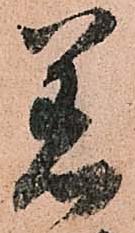
着